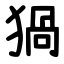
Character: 猧